Vital statistics of India. Vol. IV, Annual returns from 1871 to 1876. British Army of India, Native Army and jails of Bengal
Year: 1871
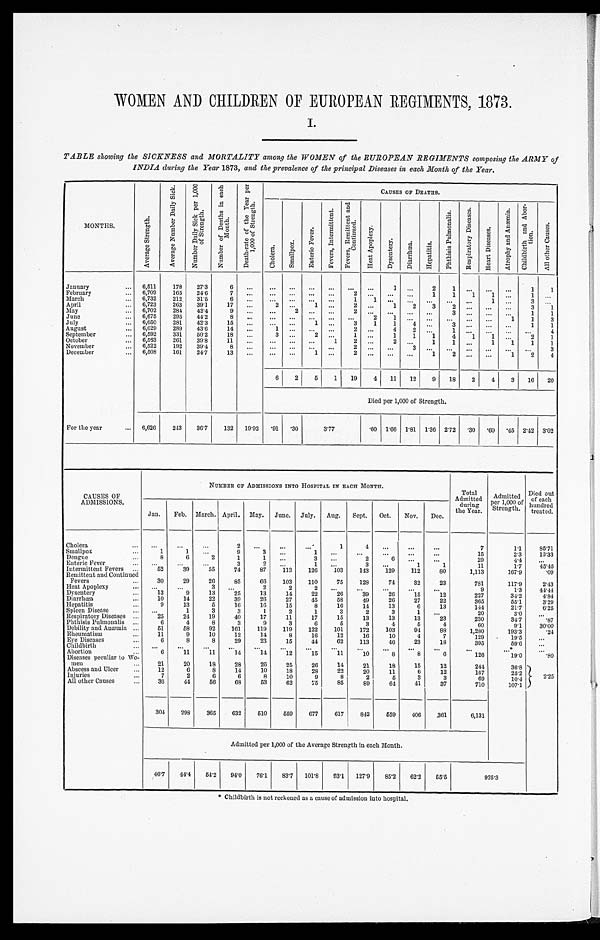
WOMEN AND CHILDREN OF EUROPEAN REGIMENTS, 1873.
I.
TABLE showing the SICKNESS and MORTALITY among the WOMEN of the EUROPEAN REGIMENTS composing the ARMY of
INDIA during the Year 1873, and the prevalence of the principal Diseases in each Month of the Year.
MONTHS.
A v e r a g e S t r e n g t h .
A v e r a g e N u m b e r D a i l y S i c k .
N u m b e r D a i l y S i c k p e r 1 , 0 0 0
o f S t r e n g t h .
N u m b e r o f D e a t h s i n e a c h
M o n t h .
D e a t h - r a t e o f t h e Y e a r p e r
1 , 0 0 0 o f S t r e n g t h .
CAUSES OF DEATHS.
C h o l e r a .
S m a l l p o x .
E n t e r i c F e v e r .
F e v e r s , I n t e r m i t t e n t .
F e v e r s , R e m i t t e n t a n d
C o n t i n u e d .
H e a t A p o p l e x y .
D y s e n t e r y .
D i a r r h œ a .
H e p a t i t i s .
P h t h i s i s P u l m o n a l i s .
R e s p i r a t o r y D i s e a s e s .
H e a r t D i s e a s e s .
A t r o p h y a n d A n æ m i a .
C h i l d b i r t h a n d A b o r -
t i o n .
A l l o t h e r C a u s e s .
January . . .
6,511
178
27.3
6
. . .
. . .
. . .
. . .
. . .
. . .
. . .
1
. . .
2 1
. . .
. . .
. . .
1
1
6,709
165
24.6
7
. . .
. . .
. . .
. . .
. . .
2
. . .
. . .
. . .
1
1
1
1
. . .
1
. . .
February . . .
6,732
212
31.5
6
. . .
. . .
. . .
. . .
. . .
1
1
. . .
. . .
. . .
. . .
. . .
1
March . . .
. . .
3
. . .
April . . .
6,723
263
39.1
17
. . .
2
. . .
1
. . .
2
. . .
1
2
3
2
. . .
. . .
. . .
3
1
May . . .
6,702
284
42.4
9
. . .
. . .
2
. . .
. . .
2
. . .
. . .
. . .
. . .
3
. . .
. . .
. . .
1
1
June . . .
6,675
295
44.2
8
. . .
. . .
. . .
. . .
. . .
. . .
2
1
. . .
. . .
. . .
. . .
. . .
1
1
3
July . . .
6, 650
281
42.3
15
. . .
. . .
. . .
1
. . .
3
1
1
4
. . .
3
. . .
. . .
. . .
1
1
August . . .
6,629
289
43.6
14
. . .
1
. . .
. . .
. . .
2
. . .
4
2
. . .
1
. . .
. . .
. . .
. . .
4
September . . .
6,592
331
50.2
18
. . .
3
. . .
2
. . .
1
. . .
1
1
1
4
1
1
. . .
2
1
October . . .
6,563
261
39.8
11
. . .
. . .
. . .
. . .
1
2
. . .
2
. . .
1
1
. . .
1
1
1
1
November . . .
6,522
192
39.4
8
. . .
. . .
. . .
. . .
. . .
2
. . .
. . .
3
. . .
. . .
. . .
. . .
. . .
. . .
3
December . . .
6,508
161
24.7
13
. . .
. . .
. . .
1
. . .
2
. . .
. . .
. . .
1
2
. . .
. . .
1
2
4
6
2
5
1
19
4
11
12
9
18
2
4
3
16
20
Died per 1,000 of Strength.
For the year . . .
6,626
243
36.7
132
19.92
. 9 1
.30
3.77
.60
1.66
1.81
1.36
2.72
.30
.60
.45
2 . 4 2 3.02
CAUSES OF
ADMISSIONS.
NUMBER OF ADMISSIONS INTO HOSPITAL IN EACH MONTH.
Total
Admitted
during
the Year.
A d m i t t e d
per 1,000 of
Strength.
Died out
of each
hundred
treated.
Jan.
Feb.
March. April.
May.
June.
July.
Aug.
Sept.
Oct.
Nov.
Dec.
Cholera . . .
. . .
. . .
. . .
2
. . .
. . .
. . .
1
4
. . .
. . .
. . .
7
1.1
85.71
Smallpox . . .
1
1
. . .
9
3
. . .
1
. . .
. . .
. . .
. . .
. . .
15
2.3
13.33
Dengue . . .
8
6
2
1
1
. . .
3
. . .
2
6
. . .
. . .
29
4.4
. . .
Enteric Fever . . .
. . .
. . .
. . .
3
2
. . .
1
. . .
3
. . .
1
1
11
1.7
45.45
Intermittent Fevers . . .
52
39
55
74
87
113
126
103
143
129
112
80
1,113
167.9
.09
Remittent and Continued
Fevers . . .
30
29
26
85
66
103
110
75
128
74
32
23
781
117.9
2.43
Heat Apoplexy . . .
. . .
. . .
3
. . .
2
2
2
. . .
. . .
. . .
. . .
. . .
9
1.3
44.44
Dysentery . . .
13
9
13
25
13
14
22
26
39
26
15
12
227
34.2
4.84
Diarrhœa . . .
10
14
22
39
26
27
45
58
49
26
27
22
365
55.1
3.29
Hepatitis . . .
9
13
5
16
16
15
8
16
14
13
6
13
144
21.7
6.25
Spleen Disease . . .
. . .
1
3
3
1
2
1
3
2
3
1
. . .
20
3.0
. . .
Respiratory Diseases . . .
25
24
19
40
17
11
17
15
13
13
13
23
230
34.7
.87
Phthisis Pulmonalis . . .
6
4
8
3
9
3
6
5
3
4
5
4
60
9.1
30.00
Debility and Anæmia . . .
51
58
92
161
119
119
122
101
172
103
94
88
1,280
193.3
.24
Rheumatism . . .
11
9
10
12
14
8
16
12
16
10
4
7
129
19.5
. . .
Eye Diseases . . .
6
8
8
29
23
15
44
62
113
46
23
18
395
59.6
. . .
Childbirth . . .
. . .
. . .
. . .
. . .
. . .
. . .
. . .
. . .
. . .
. . .
. . .
. . .
. . .
. . . *
. . .
Abortion . . .
6
11
11
14
14
12
15
11
10
8
8
6
126
19.0
.80
Diseases peculiar to Wo
-
men . . .
21
20
18
28
26
25
26
14
21
18
15
12
244
36.8
2.25
Abscess and Ulcer . . .
12
6
8
14
10
18
28
22
20
11
6
12
167
25.2
Injuries . . .
7
2
6
6
8
10
9
8
2
5
3
3
69
10.4
All other Causes . . .
36
44
56
68
53
62
75
85
89
64
41
37
710
107.1
304
298
365
632
510
559
677
617
843
559
406
361
6,131
Admitted per 1,000 of the Average Strength in each Month.
46.7
44.4
54.2
94.0
76.1
83.7
101.8
93.1
127.9
85.2
62.2
55.5
925.3
Childbirth is not reckoned as a cause of admission into hospital.